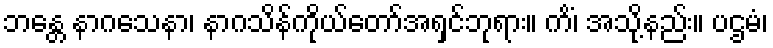
ဘန္တေ နာဂသေနာ၊ နာဂသိန်ကိုယ်တော်အရှင်ဘုရား။ ကိံ၊ အသို့နည်း။ ပဌမံ၊